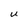
Character: U